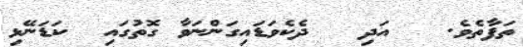
ތަފާތެވެ.   އަދި   ދެކެވަޑައިގަންނަވާ ގޮތުގައި  ކަޑަނޭޅި